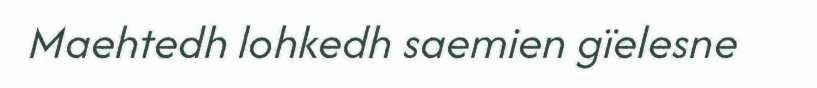
Maehtedh lohkedh saemien gïelesne